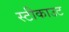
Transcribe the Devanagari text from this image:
स्टीकाउट